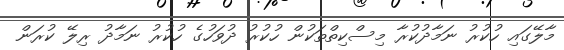
މާލޭގައި ހުކުރު ނަމާދުކުރާ މިސްކިތްތަކުން ހުކުރު ދުވަހުގެ ހުކުރު ނަމާދު ރިލޭ ކުރަން